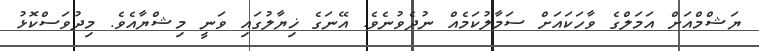
ޔަޝްމްއަށް އަމަލްގެ ވާހަކައަށް ސަމާލުކަމެއް ނުދެވުނެވެ. އޭނަގެ ޚިޔާލުގައި ވަނީ މިޝްޔާއެވެ. މިދުވަސްކޮޅު